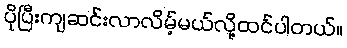
ပိုပြီးကျဆင်းလာလိမ့်မယ်လို့ထင်ပါတယ်။